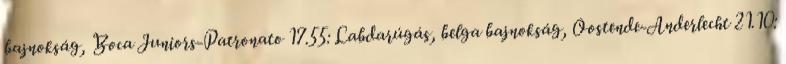
bajnokság, Boca Juniors-Patronato 17.55: Labdarúgás, belga bajnokság, Oostende-Anderlecht 21.10: